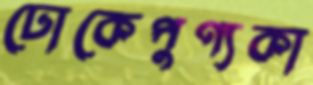
ঢোকেপুণ্যকা